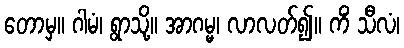
တောမှ။ ဂါမံ၊ ရွာသို့။ အာဂမ္မ၊ လာလတ်၍။ ကိံ သီလံ၊